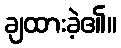
ချထားခဲ့၏။